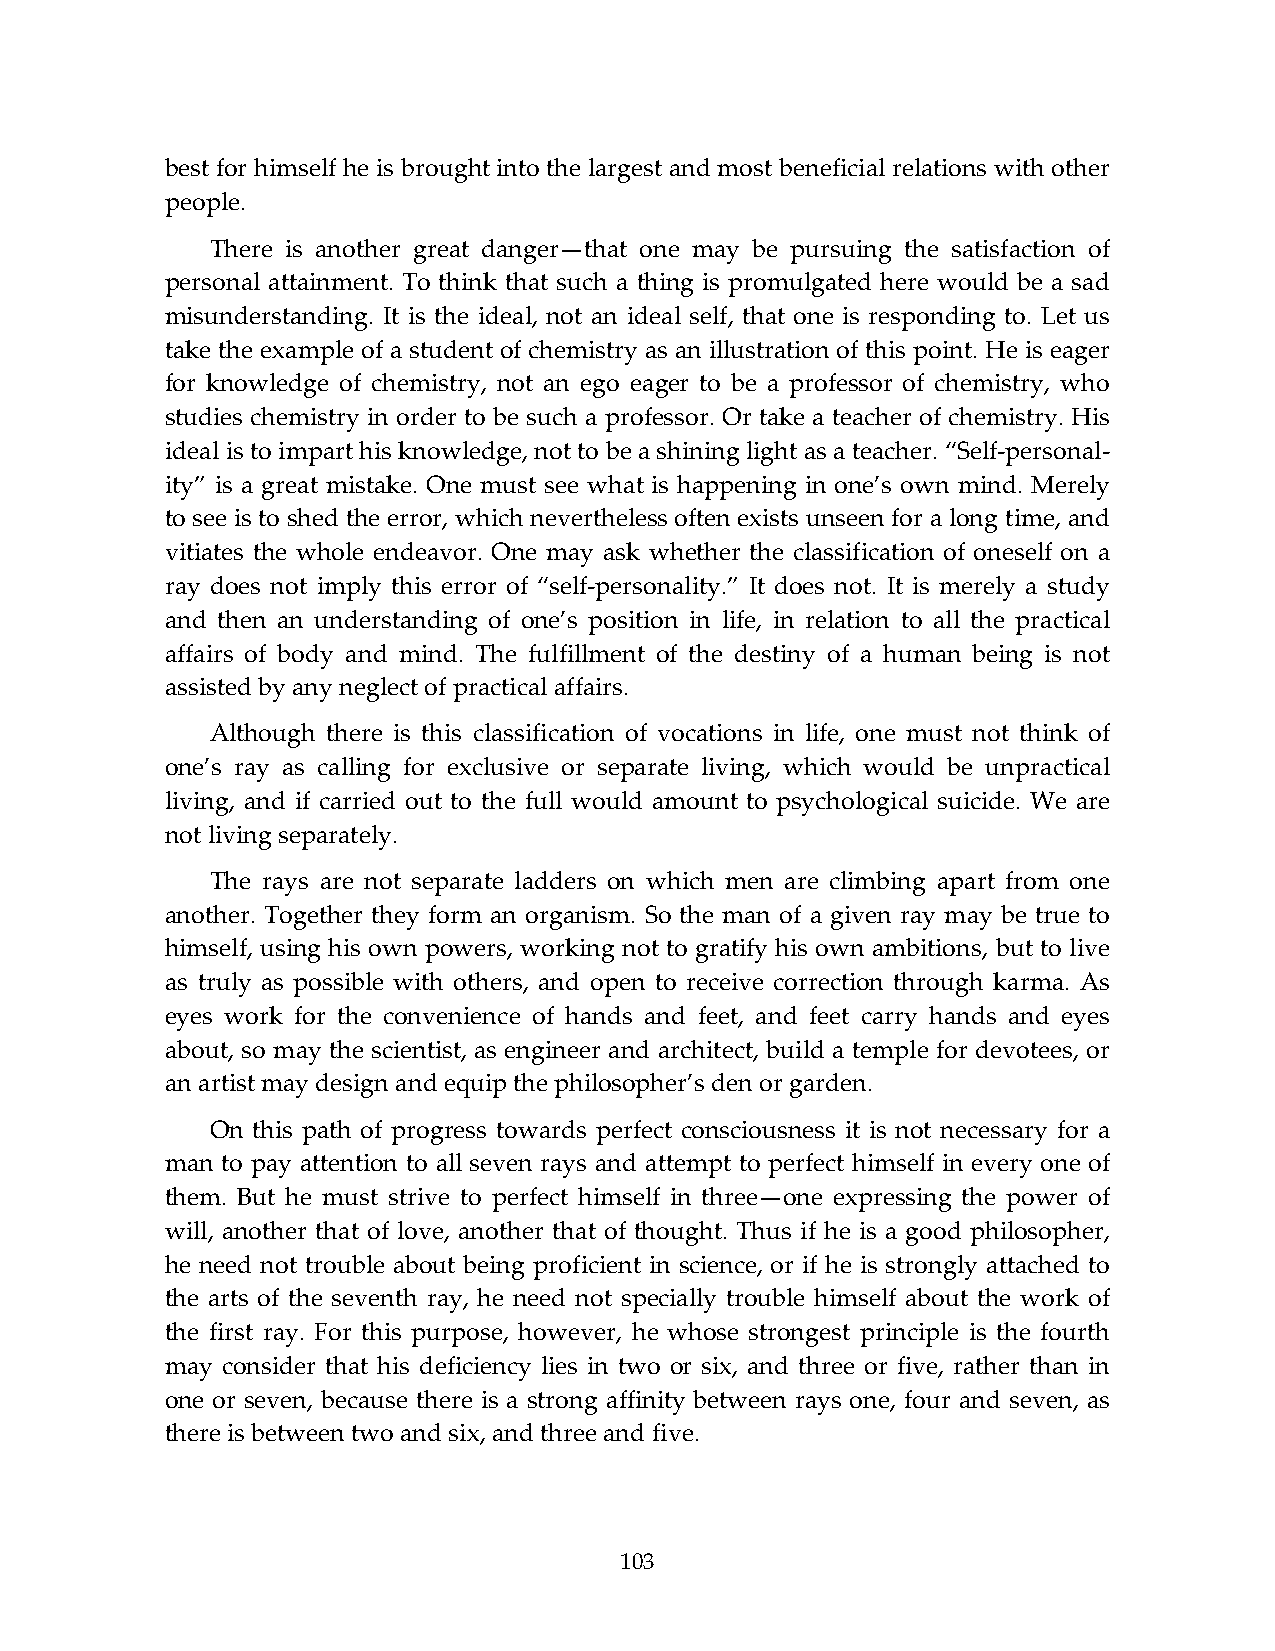
best for himself he is brought into the largest and most beneficial relations with other
 people.
 There is another great danger—that one may be pursuing the satisfaction of
 personal attainment. To think that such a thing is promulgated here would be a sad
 misunderstanding. It is the ideal, not an ideal self, that one is responding to. Let us
 take the example of a student of chemistry as an illustration of this point. He is eager
 for knowledge of chemistry, not an ego eager to be a professor of chemistry, who
 studies chemistry in order to be such a professor. Or take a teacher of chemistry. His
 ideal is to impart his knowledge, not to be a shining light as a teacher. “Self-personal-
 ity” is a great mistake. One must see what is happening in one’s own mind. Merely
 to see is to shed the error, which nevertheless often exists unseen for a long time, and
 vitiates the whole endeavor. One may ask whether the classification of oneself on a
 ray does not imply this error of “self-personality.” It does not. It is merely a study
 and then an understanding of one’s position in life, in relation to all the practical
 affairs of body and mind. The fulfillment of the destiny of a human being is not
 assisted by any neglect of practical affairs.
 Although there is this classification of vocations in life, one must not think of
 one’s ray as calling for exclusive or separate living, which would be unpractical
 living, and if carried out to the full would amount to psychological suicide. We are
 not living separately.
 The rays are not separate ladders on which men are climbing apart from one
 another. Together they form an organism. So the man of a given ray may be true to
 himself, using his own powers, working not to gratify his own ambitions, but to live
 as truly as possible with others, and open to receive correction through karma. As
 eyes work for the convenience of hands and feet, and feet carry hands and eyes
 about, so may the scientist, as engineer and architect, build a temple for devotees, or
 an artist may design and equip the philosopher’s den or garden.
 On this path of progress towards perfect consciousness it is not necessary for a
 man to pay attention to all seven rays and attempt to perfect himself in every one of
 them. But he must strive to perfect himself in three—one expressing the power of
 will, another that of love, another that of thought. Thus if he is a good philosopher,
 he need not trouble about being proficient in science, or if he is strongly attached to
 the arts of the seventh ray, he need not specially trouble himself about the work of
 the first ray. For this purpose, however, he whose strongest principle is the fourth
 may consider that his deficiency lies in two or six, and three or five, rather than in
 one or seven, because there is a strong affinity between rays one, four and seven, as
 there is between two and six, and three and five.
 103